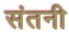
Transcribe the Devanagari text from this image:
संतनी